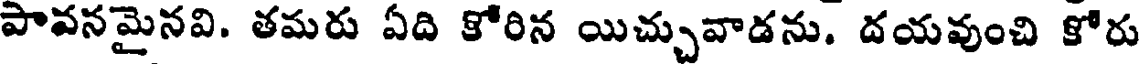
పావనమైనవి. తమరు ఏది కోరిన యిచ్చువాడను. దయవుంచి కోరు